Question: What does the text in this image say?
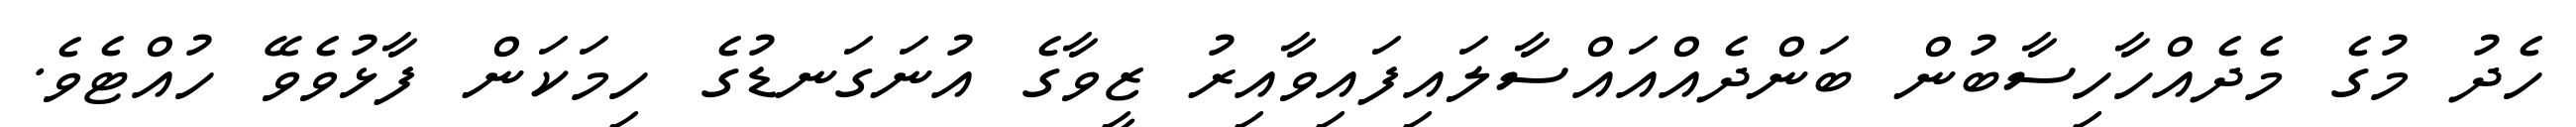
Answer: ހެދު މުގެ މެދެއްހާހިސާބުން ބަންދެއްއައްސާލައިފައިވާއިރު ޒީވާގެ އުނަގަނޑުގެ ހިމަކަން ފާޅުވެވޭ ހުއްޓެވެ.